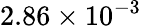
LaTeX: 2.86\times 10^{-3}